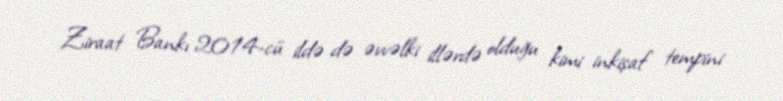
Ziraat Bankı 2014-cü ildə də əvvəlki illərdə olduğu kimi inkişaf tempini